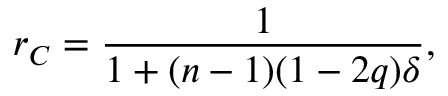
r _ { C } = \frac { 1 } { 1 + ( n - 1 ) ( 1 - 2 q ) \delta } ,